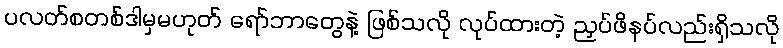
ပလတ်စတစ်ဒါမှမဟုတ် ရော်ဘာတွေနဲ့ ဖြစ်သလို လုပ်ထားတဲ့ ညှပ်ဖိနပ်လည်းရှိသလို